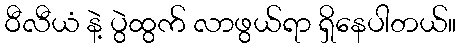
ဝီလီယံ နဲ့ ပွဲထွက် လာဖွယ်ရာ ရှိနေပါတယ်။